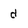
Character: d